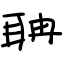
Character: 聃